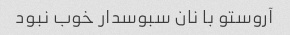
آروستو با نان سبوسدار خوب نبود